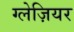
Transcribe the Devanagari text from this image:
ग्लेज़ियर